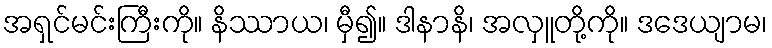
အရှင်မင်းကြီးကို။ နိဿာယ၊ မှီ၍။ ဒါနာနိ၊ အလှူတို့ကို။ ဒဒေယျာမ၊